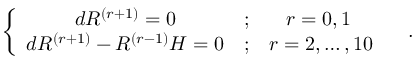
\left\{ \begin{array} { c c c } { { d R ^ { \left( r + 1 \right) } = 0 } } & { { ; } } & { { r = 0 , 1 \; } } \\ { { d R ^ { \left( r + 1 \right) } - R ^ { \left( r - 1 \right) } H = 0 } } & { { ; } } & { { r = 2 , \ldots , 1 0 } } \end{array} \right. \quad .